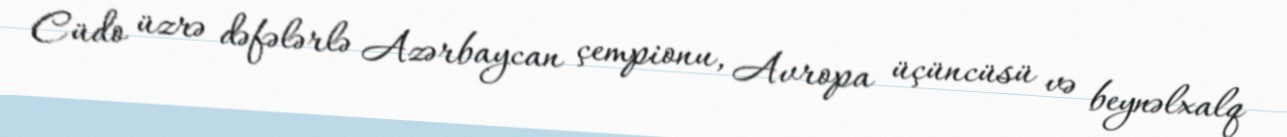
Cüdo üzrə dəfələrlə Azərbaycan çempionu, Avropa üçüncüsü və beynəlxalq